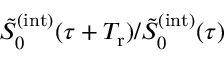
\tilde { S } _ { 0 } ^ { ( \mathrm { i n t } ) } ( \tau + T _ { \mathrm { r } } ) / \tilde { S } _ { 0 } ^ { ( \mathrm { i n t } ) } ( \tau )